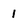
Character: 1